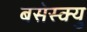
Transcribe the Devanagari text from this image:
बसेस्क्यु